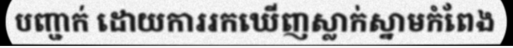
បញ្ជាក់ ដោយការរកឃើញស្លាក់ស្នាមកំពែង